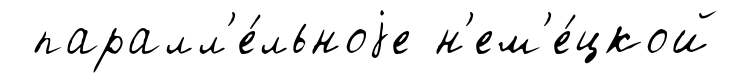
паралл'е́льноjе н'ем'е́цкой